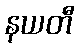
နယတီ